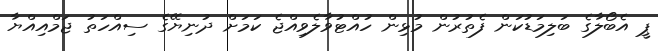
ޕީ އެބޯލާގެ ބަލިމަޑުކަން ފެތުރުން މުޅިން ހުއްޓުވާލެވިއްޖެ ކަމަށް ދުނިޔޭގެ ސިއްހަތު ޖަމްއިއްޔާ